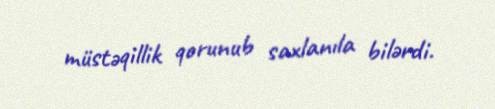
müstəqillik qorunub saxlanıla bilərdi.